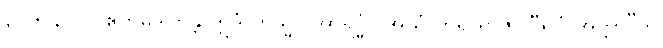
၃၇၆-၃၇၇။ ဧကမိဒါဟန္တိ ဣဒံ ကသ္မာ အာရဒ္ဓံ? အယံ ကိရ ရာဇာ “ရူပံ အတ္တာ”တိ